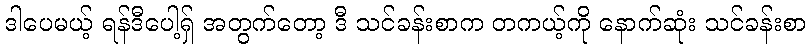
ဒါပေမယ့် ရန်ဒီပေါ့ရှ် အတွက်တော့ ဒီ သင်ခန်းစာက တကယ့်ကို နောက်ဆုံး သင်ခန်းစာ